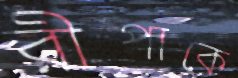
রীপাকে